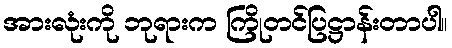
အားလုံးကို ဘုရားက ကြိုတင်ပြဋ္ဌာန်းတာပါ။